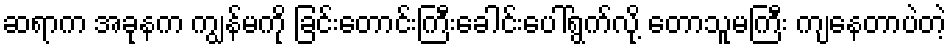
ဆရာက အခုနက ကျွန်မကို ခြင်းတောင်းကြီးခေါင်းပေါ်ရွက်လို့ တောသူမကြီး ကျနေတာပဲတဲ့